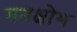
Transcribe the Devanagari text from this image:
मनक्षोभ